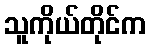
သူကိုယ်တိုင်က